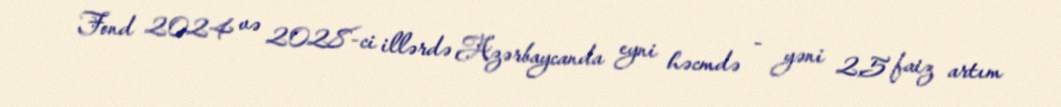
Fond 2024 və 2028-ci illərdə Azərbaycanda eyni həcmdə - yəni 2,5 faiz artım